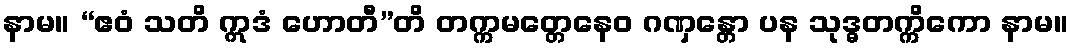
နာမ။ “ဧဝံ သတိ ဣဒံ ဟောတီ”တိ တက္ကမတ္တေနေဝ ဂဏှန္တော ပန သုဒ္ဓတက္ကိကော နာမ။